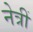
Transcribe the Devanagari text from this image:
नेत्रीं